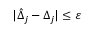
| \hat { \Delta } _ { j } - \Delta _ { j } | \leq \varepsilon